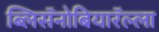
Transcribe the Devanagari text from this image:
ब्लिसॅनोबियारॅल्ला